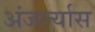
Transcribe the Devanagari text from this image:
अंजर्ल्यास